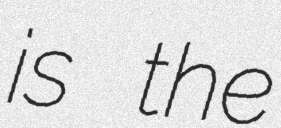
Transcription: is the